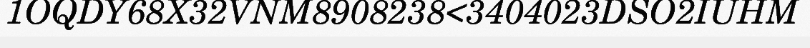
1OQDY68X32VNM8908238<3404023DSO2IUHM